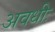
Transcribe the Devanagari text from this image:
अवधीः